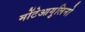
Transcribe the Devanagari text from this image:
मोंटेआगुलिनो